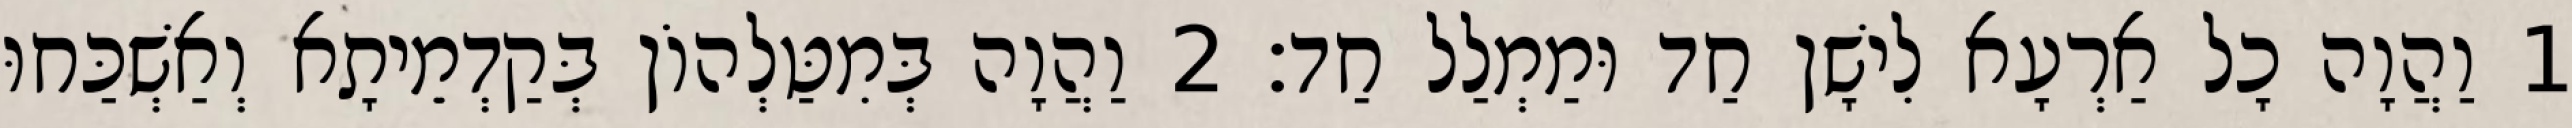
1 וַהֲוָה כָל אַרְעָא לִישָׁן חַד וּמַמְלַל חַד׃ 2 וַהֲוָה בְּמִטַּלְהוֹן בְּקַדְמֵיתָא וְאַשְׁכַּחוּ